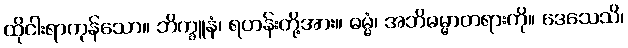
ထိုငါးရာကုန်သော။ ဘိက္ခူနံ၊ ရဟန်းတို့အား။ ဓမ္မံ၊ အဘိဓမ္မာတရားကို။ ဒေသေသိ၊